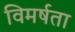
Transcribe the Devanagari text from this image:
विमर्षता